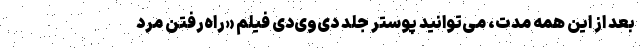
بعد از این همه مدت، می‌توانید پوستر جلد دی‌وی‌دی فیلم «راه‌رفتن مرد